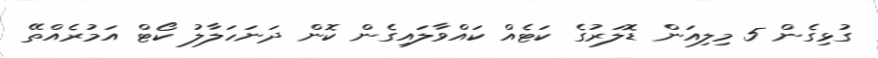
ގުޅިގެން 5 މިިލިއަން ޑޮލަރުގެ ކަޓެއް ކައްވާލައިގެން ކޮން ދަނަހަލާލު ކޯޓް އަމުރެއްތޭ